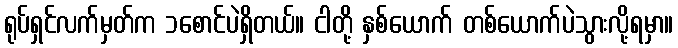
ရုပ်ရှင်လက်မှတ်က ၁စောင်ပဲရှိတယ်။ ငါတို့ နှစ်ယောက် တစ်ယောက်ပဲသွားလို့ရမှာ။